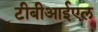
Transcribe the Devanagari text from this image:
टीबीआईएल